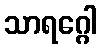
သာရဂ္ဂေါ